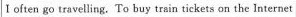
I often go travelling.To buy train tickets on the lnternes